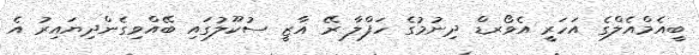
ބީއެމްއެލްގެ އަހަރީ އެވޯރޑް ދިނުމުގެ ހަފްލާ ރޭ ޣާޒީ ސުކޫލުގައި ބޭއްވިގެންދިޔައިރު އެ